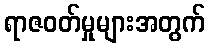
ရာဇဝတ်မှုများအတွက်